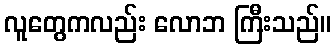
လူတွေကလည်း လောဘ ကြီးသည်။